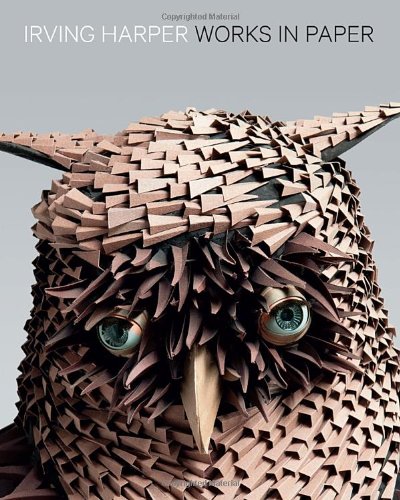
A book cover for Irving Harper: Works in Paper; Arts & Photography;